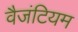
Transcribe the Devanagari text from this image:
वैजंटियम